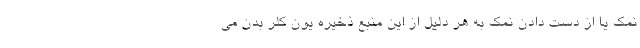
نمک یا از دست دادن نمک به هر دلیل از این منبع ذخیره یون کلر بدن می